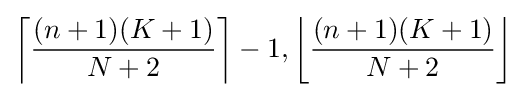
\left\lceil {\frac {(n+1)(K+1)}{N+2}}\right\rceil -1,\left\lfloor {\frac {(n+1)(K+1)}{N+2}}\right\rfloor